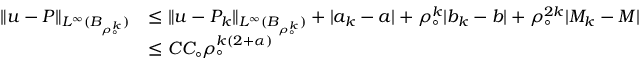
\begin{array} { r l } { \| u - P \| _ { L ^ { \infty } ( B _ { \rho _ { \circ } ^ { k } } ) } } & { \leq \| u - P _ { k } \| _ { L ^ { \infty } ( B _ { \rho _ { \circ } ^ { k } } ) } + | a _ { k } - a | + \rho _ { \circ } ^ { k } | b _ { k } - b | + \rho _ { \circ } ^ { 2 k } | M _ { k } - M | } \\ & { \leq C C _ { \circ } \rho _ { \circ } ^ { k ( 2 + \alpha ) } } \end{array}